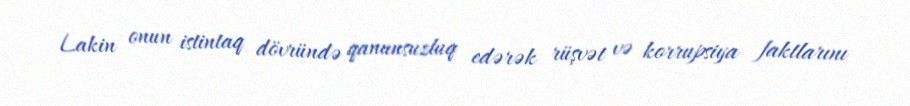
Lakin onun istintaq dövründə qanunsuzluq edərək rüşvət və korrupsiya faktlarını